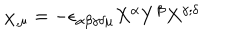
\chi _ { , \mu } = - \epsilon _ { \alpha \beta \gamma \delta \mu } X ^ { \alpha } Y ^ { \beta } X ^ { \gamma ; \delta }